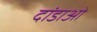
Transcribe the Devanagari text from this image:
दांडाओ